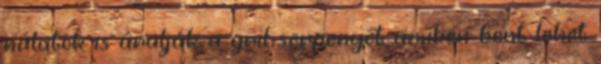
nálatok is árulják a gril serpenyőt amiben bent lehet